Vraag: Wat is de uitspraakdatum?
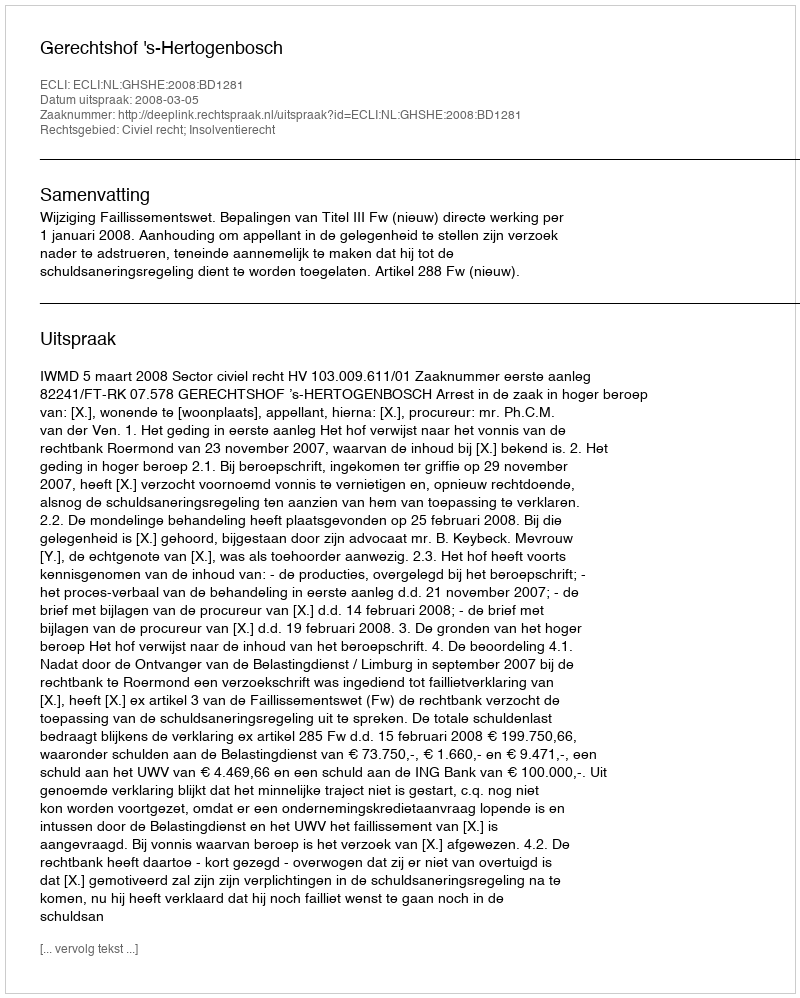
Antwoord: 2008-03-05